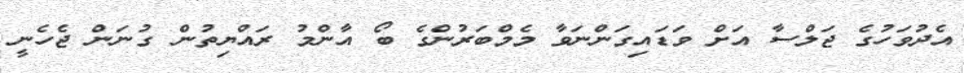
އެދުވަހުގެ ޖަލްސާ އަށް ވަޑައިގަންނަވާ މެމްބަރުންގެ ބޯ އާންމު ރައްޔިތުން ގުނަން ޖެހެނީ